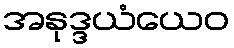
အနုဒ္ဒယံယေဝ